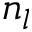
n _ { l }